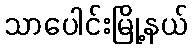
သာပေါင်းမြို့နယ်